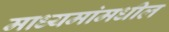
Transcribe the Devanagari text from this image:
माध्यमांमधील